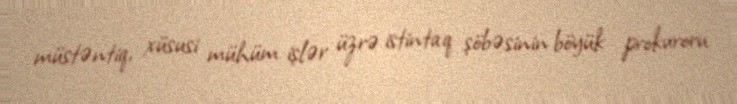
müstəntiq, xüsusi mühüm işlər üzrə istintaq şöbəsinin böyük prokuroru